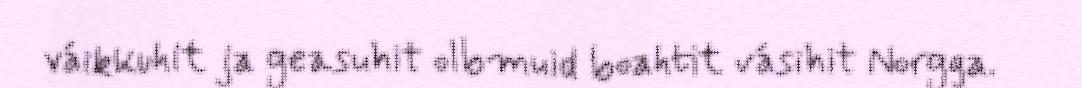
váikkuhit ja geasuhit olbmuid boahtit vásihit Norgga.